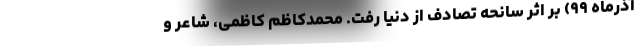
آذرماه ۹۹) بر اثر سانحه تصادف از دنیا رفت. محمدکاظم کاظمی، شاعر و